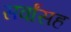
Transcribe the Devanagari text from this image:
सर्वांसह